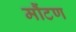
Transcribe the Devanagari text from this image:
मौंटण